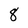
Character: 8